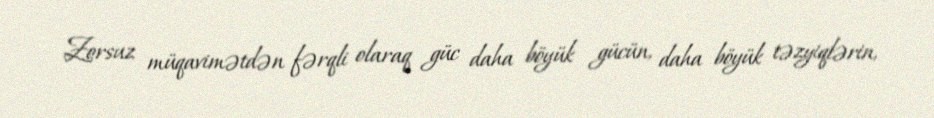
Zorsuz müqavimətdən fərqli olaraq güc daha böyük gücün, daha böyük təzyiqlərin,